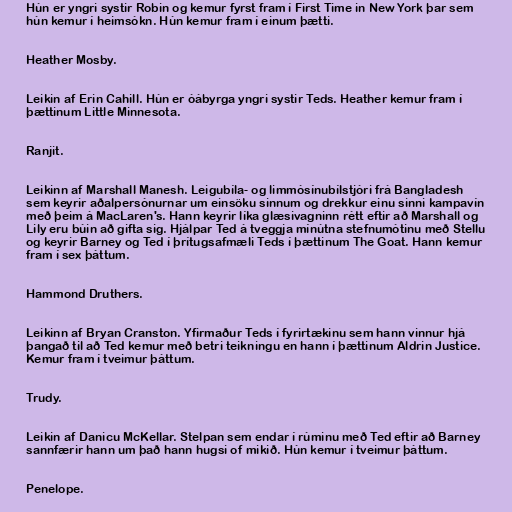
Hún er yngri systir Robin og kemur fyrst fram í First Time in New York þar sem
hún kemur í heimsókn. Hún kemur fram í einum þætti.

Heather Mosby.

Leikin af Erin Cahill. Hún er óábyrga yngri systir Teds. Heather kemur fram í
þættinum Little Minnesota.

Ranjit.

Leikinn af Marshall Manesh. Leigubíla- og limmósínubílstjóri frá Bangladesh
sem keyrir aðalpersónurnar um einsöku sinnum og drekkur einu sinni kampavín
með þeim á MacLaren's. Hann keyrir líka glæsivagninn rétt eftir að Marshall og
Lily eru búin að gifta sig. Hjálpar Ted á tveggja mínútna stefnumótinu með Stellu
og keyrir Barney og Ted í þrítugsafmæli Teds í þættinum The Goat. Hann kemur
fram í sex þáttum.

Hammond Druthers.

Leikinn af Bryan Cranston. Yfirmaður Teds í fyrirtækinu sem hann vinnur hjá
þangað til að Ted kemur með betri teikningu en hann í þættinum Aldrin Justice.
Kemur fram í tveimur þáttum.

Trudy.

Leikin af Danicu McKellar. Stelpan sem endar í rúminu með Ted eftir að Barney
sannfærir hann um það hann hugsi of mikið. Hún kemur í tveimur þáttum.

Penelope.